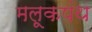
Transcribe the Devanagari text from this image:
मलूकपंथ